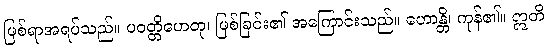
ဖြစ်ရာအရပ်သည်။ ပဝတ္တိဟေတု၊ ဖြစ်ခြင်း၏ အကြောင်းသည်။ ဟောန္တိ၊ ကုန်၏။ ဣတိ